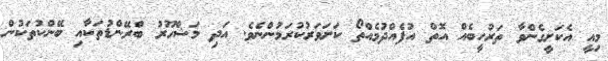
މިއީ އެކަށީގެންވާ ތަރުހީބެއް އޮތް އުފެއްދުމެއްތޯ ކަށަވަރުކުރަމުންނެވެ. އަދި މަޝްހޫރު ބްރޭންޑުތަކާއި ބޭންކުތަކުން